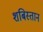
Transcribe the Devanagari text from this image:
शबिस्तान